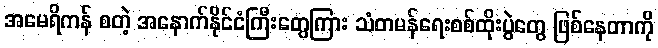
အမေရိကန် စတဲ့ အနောက်နိုင်ငံကြီးတွေကြား သံတမန်ရေးစစ်ထိုးပွဲတွေ ဖြစ်နေတာကို